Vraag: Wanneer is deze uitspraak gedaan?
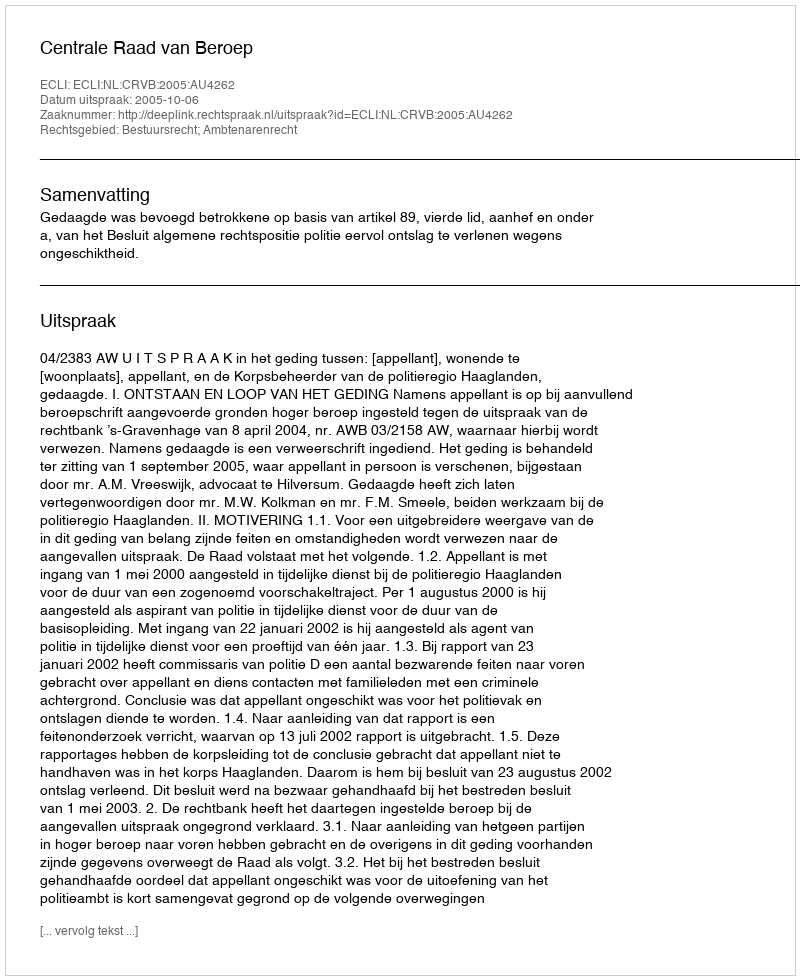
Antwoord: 2005-10-06